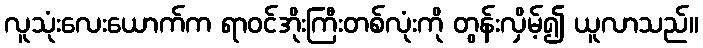
လူသုံးလေးယောက်က ရာဝင်အိုးကြီးတစ်လုံးကို တွန်းလှိမ့်၍ ယူလာသည်။